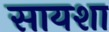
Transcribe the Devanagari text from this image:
सायशा